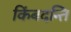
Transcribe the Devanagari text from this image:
किंबदन्ति